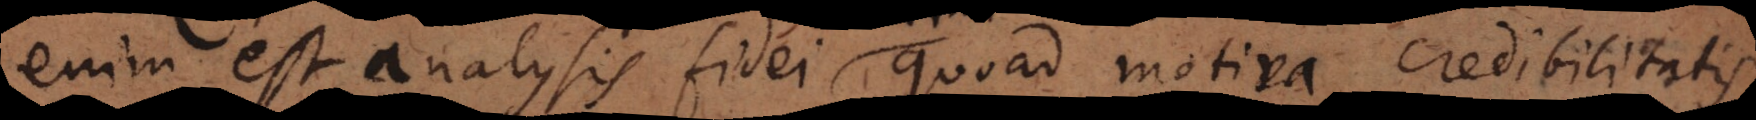
enim est analysis fidei quoad motiva credibilitatis,